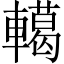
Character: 轕